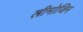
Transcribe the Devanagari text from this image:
लीमोजिन